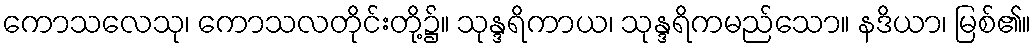
ကောသလေသု၊ ကောသလတိုင်းတို့၌။ သုန္ဒရိကာယ၊ သုန္ဒရိကမည်သော။ နဒိယာ၊ မြစ်၏။